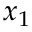
x _ { 1 }